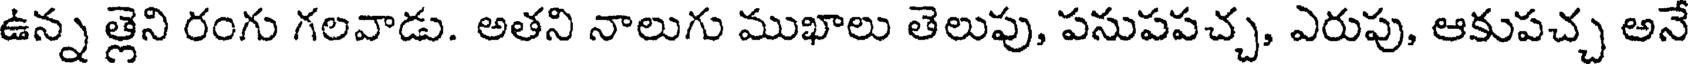
ఉన్న త్లెని రంగు గలవాడు. అతని నాలుగు ముఖాలు తెలుపు, పసుపపచ్చ, ఎరుపు, ఆకుపచ్చ అనే